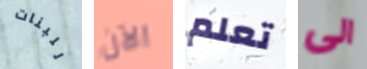
للبنات الآن تعلم الى